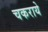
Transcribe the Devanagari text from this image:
चकराये